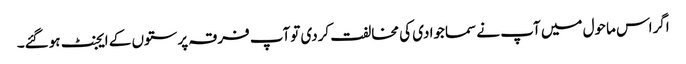
اگراس ماحول میں آپ نے سماجوادی کی مخالفت کردی توآپ فرقہ پرستوں کے ایجنٹ ہوگئے۔